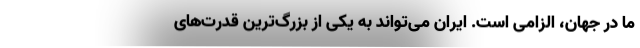
ما در جهان، الزامی است. ایران می‌تواند به یکی از بزرگ‌ترین قدرت‌های